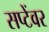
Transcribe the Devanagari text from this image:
सप्टेंवर